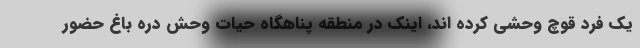
یک فرد قوچ وحشی کرده اند، اینک در منطقه پناهگاه حیات وحش دره باغ حضور